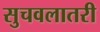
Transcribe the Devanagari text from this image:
सुचवलातरी